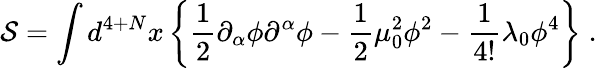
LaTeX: {\cal S}=\int d^{4+N}x\left\{ \frac{1}{2}\partial_{\alpha}\phi\partial^{\alpha}\phi-\frac{1}{2}\mu_{0}^{2}\phi^{2}-\frac{1}{4!}\lambda_{0}\phi^{4}\right\} \; .